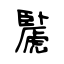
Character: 䖙